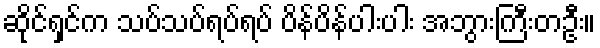
ဆိုင်ရှင်က သပ်သပ်ရပ်ရပ် ပိန်ပိန်ပါးပါး အဘွားကြီးတဦး။